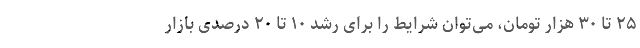
۲۵ تا ۳۰ هزار تومان، می‌توان شرایط را برای رشد ۱۰ تا ۲۰ درصدی بازار